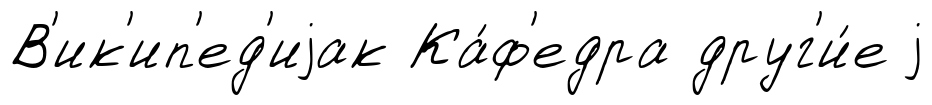
В'ик'ип'ед'иjак Ка́ф'едра друг'и́е j